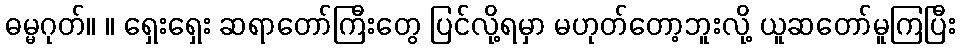
ဓမ္မဂုတ်။ ။ ရှေးရှေး ဆရာတော်ကြီးတွေ ပြင်လို့ရမှာ မဟုတ်တော့ဘူးလို့ ယူဆတော်မူကြပြီး